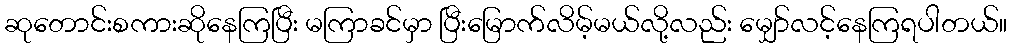
ဆုတောင်းစကားဆိုနေကြပြီး မကြာခင်မှာ ပြီးမြောက်လိမ့်မယ်လို့လည်း မျှော်လင့်နေကြရပါတယ်။